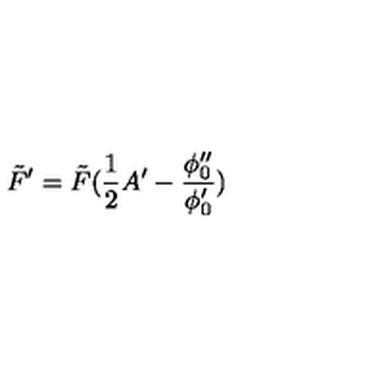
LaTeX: \tilde { F } ^ { \prime } = \tilde { F } ( \frac { 1 } { 2 } A ^ { \prime } - \frac { \phi _ { 0 } ^ { \prime \prime } } { \phi _ { 0 } ^ { \prime } } )